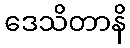
ဒေသိတာနိ